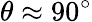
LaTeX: \theta\approx 90^{\circ}